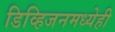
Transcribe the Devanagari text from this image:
डिव्हिजनमध्येही